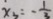
x _ { 3 } = - \frac { 1 } { 3 }